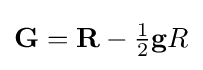
\mathbf {G} =\mathbf {R} -{\tfrac {1}{2}}\mathbf {g} R